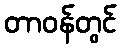
တာဝန်တွင်